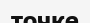
точке